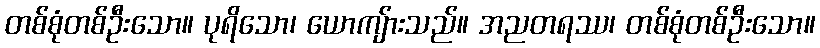
တစ်စုံတစ်ဦးသော။ ပုရိသော၊ ယောကျ်ားသည်။ အညတရဿ၊ တစ်စုံတစ်ဦးသော။